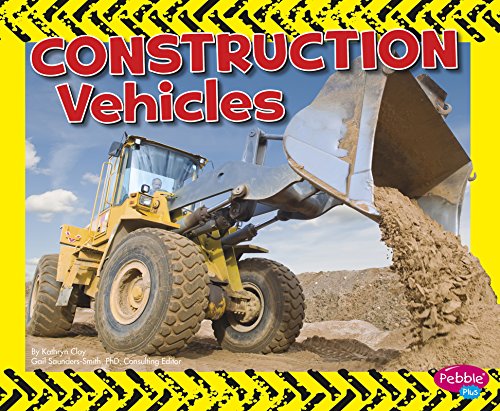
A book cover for Construction Vehicles (Wild About Wheels); Kathryn Clay; Children's Books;